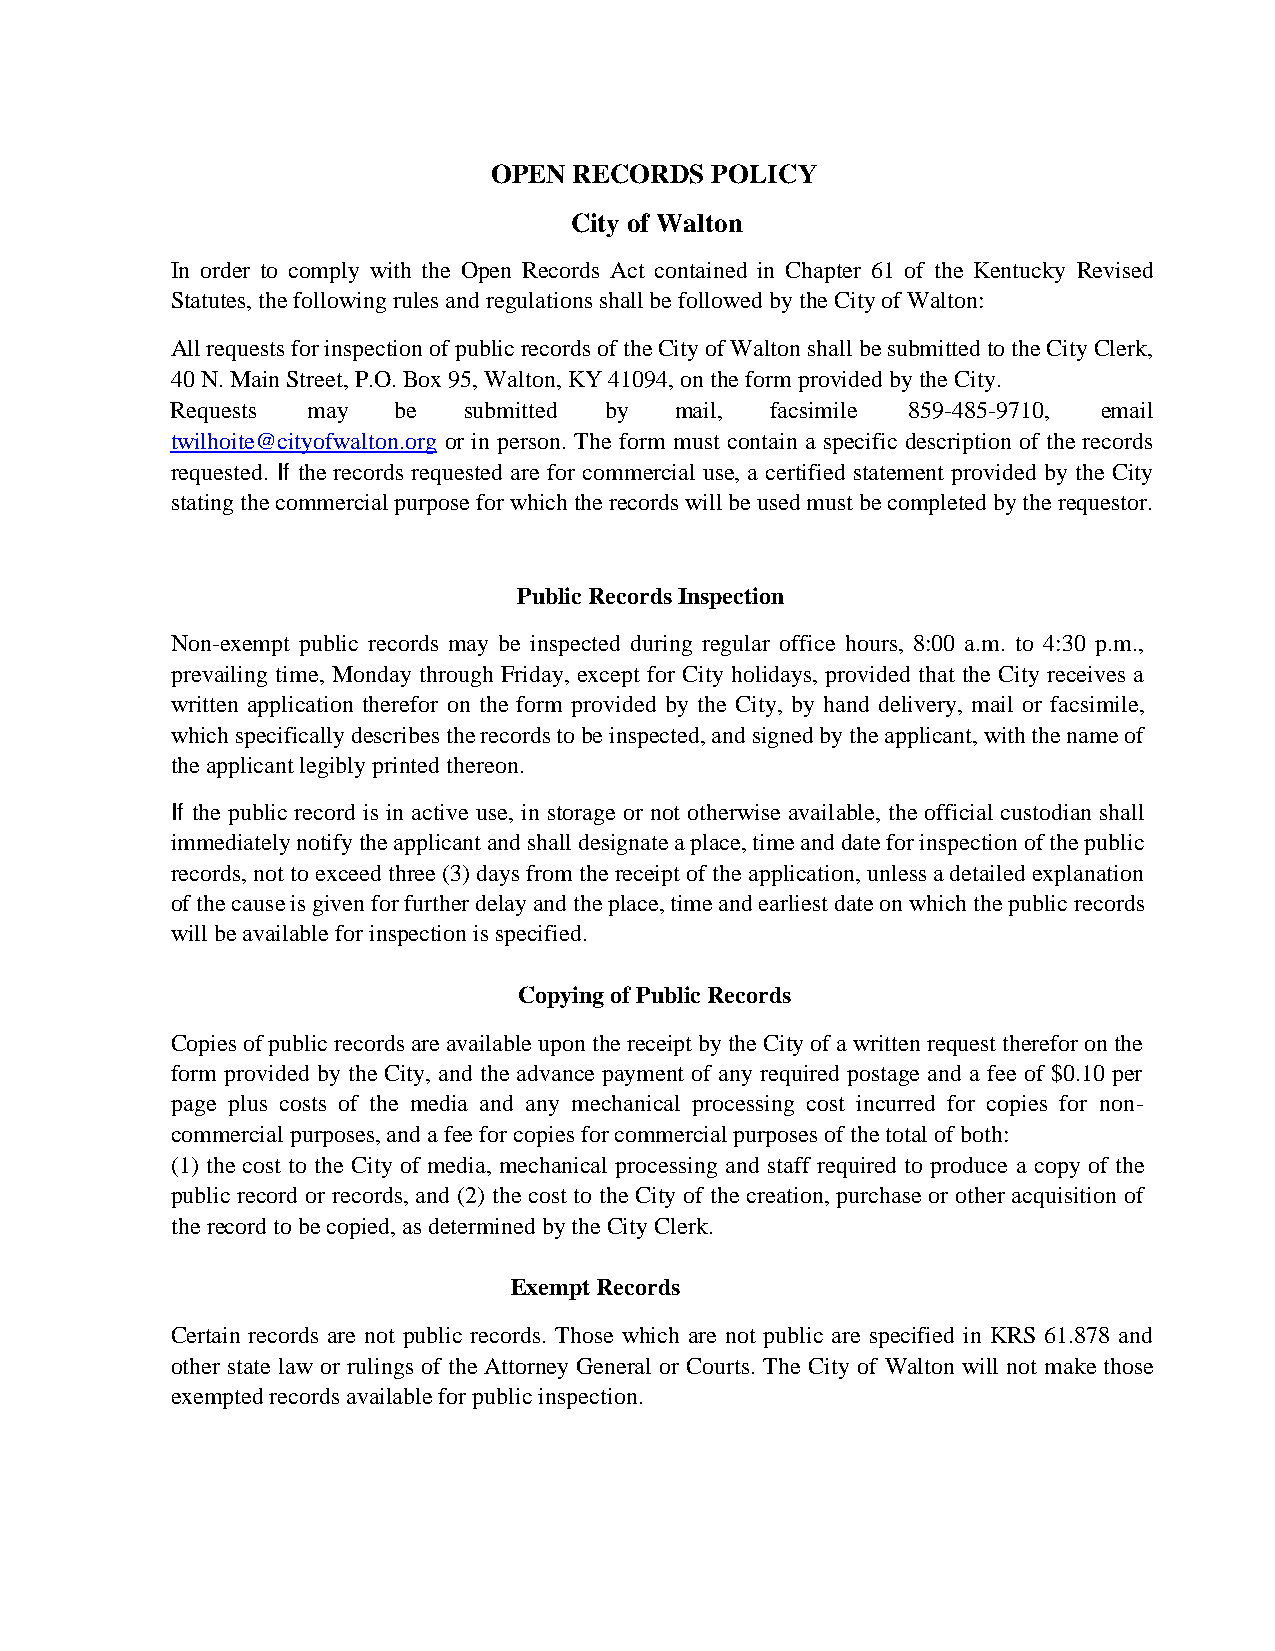
OPEN RECORDS  POLICY
 City of Walton
 In order to comply with the Open Records Act contained in Chapter 61 of the Kentucky Revised
 Statutes, the following rules and regulations shall be followed by the City of Walton:
 All requests for inspection of public records of the City of Walton shall be submitted to the City Clerk,
 40 N. Main Street, P.O. Box 95, Walton, KY 41094, on the form provided by the City.
 Requests may   be   submitted by  mail, facsimile 859-485-9710, email
 twilhoite@cityofwalton.org or in person. The form must contain a specific description of the records
 requested. If the records requested are for commercial use, a certified statement provided by the City
 stating the commercial purpose for which the records will be used must be completed by the requestor.
 Public Records Inspection
 Non-exempt public records may be inspected during regular office hours, 8:00 a.m. to 4:30 p.m.,
 prevailing time, Monday through Friday, except for City holidays, provided that the City receives a
 written application therefor on the form provided by the City, by hand delivery, mail or facsimile,
 which specifically describes the records to be inspected, and signed by the applicant, with the name of
 the applicant legibly printed thereon.
 If the public record is in active use, in storage or not otherwise available, the official custodian shall
 immediately notify the applicant and shall designate a place, time and date for inspection of the public
 records, not to exceed three (3) days from the receipt of the application, unless a detailed explanation
 of the cause is given for further delay and the place, time and earliest date on which the public records
 will be available for inspection is specified.
 Copying of Public Records
 Copies of public records are available upon the receipt by the City of a written request therefor on the
 form provided by the City, and the advance payment of any required postage and a fee of $0.10 per
 page plus costs of the media and any mechanical processing cost incurred for copies for non-
 commercial purposes, and a fee for copies for commercial purposes of the total of both:
 (1) the cost to the City of media, mechanical processing and staff required to produce a copy of the
 public record or records, and (2) the cost to the City of the creation, purchase or other acquisition of
 the record to be copied, as determined by the City Clerk.
 Exempt Records
 Certain records are not public records. Those which are not public are specified in KRS 61.878 and
 other state law or rulings of the Attorney General or Courts. The City of Walton will not make those
 exempted records available for public inspection.